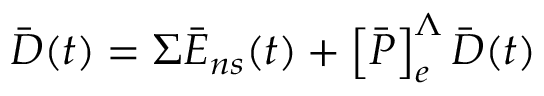
\bar { D } ( t ) = \Sigma \bar { E } _ { n s } ( t ) + \left[ \bar { P } \right] _ { e } ^ { \Lambda } \bar { D } ( t )